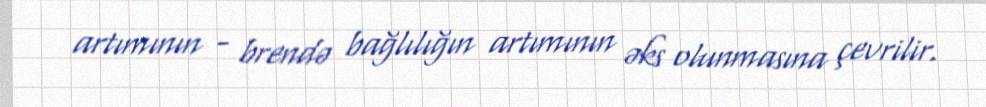
artımının - brendə bağlılığın artımının əks olunmasına çevrilir.